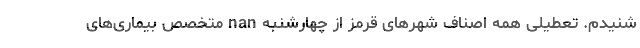
شنیدم. تعطیلی همه اصناف شهرهای قرمز از چهارشنبه nan متخصص بیماری‌های